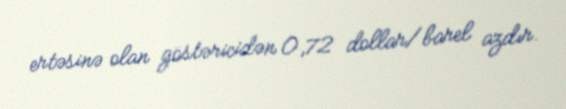
ertəsinə olan göstəricidən 0,72 dollar/barel azdır.